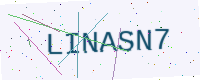
Text: LINASN7